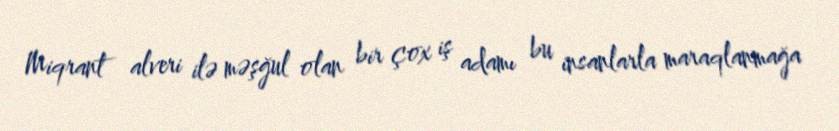
Miqrant alveri ilə məşğul olan bir çox iş adamı bu insanlarla maraqlanmağa